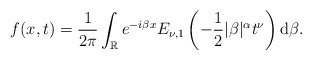
\begin{align*} f(x,t) = \frac{1}{2 \pi} \int_{\mathbb{R}} e^{-i \beta x} E_{\nu, 1} \left( -\frac{1}{2} |\beta|^\alpha t^\nu \right) \mathrm d\beta. \end{align*}